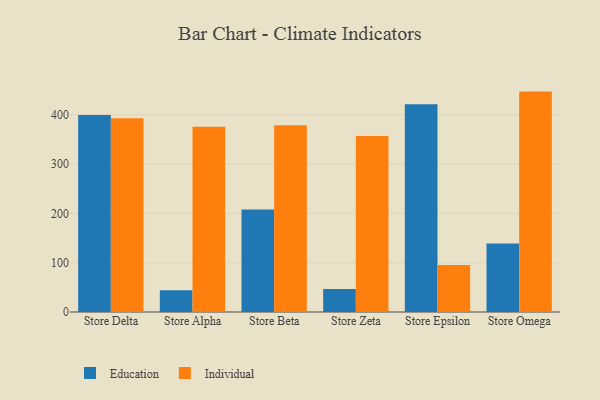
{"axis": {"x": "Store", "y": "Production Output"}, "legend": ["Education", "Individual"], "data": [{"x": "Store Delta", "y": 399.4, "type": "Education"}, {"x": "Store Delta", "y": 392.9, "type": "Individual"}, {"x": "Store Alpha", "y": 44.1, "type": "Education"}, {"x": "Store Alpha", "y": 375.8, "type": "Individual"}, {"x": "Store Beta", "y": 208.0, "type": "Education"}, {"x": "Store Beta", "y": 378.9, "type": "Individual"}, {"x": "Store Zeta", "y": 46.7, "type": "Education"}, {"x": "Store Zeta", "y": 356.8, "type": "Individual"}, {"x": "Store Epsilon", "y": 421.4, "type": "Education"}, {"x": "Store Epsilon", "y": 95.5, "type": "Individual"}, {"x": "Store Omega", "y": 138.9, "type": "Education"}, {"x": "Store Omega", "y": 447.0, "type": "Individual"}]}